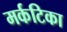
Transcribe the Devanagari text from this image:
मर्कटिका